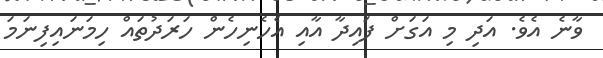
ވާނެ އެވެ. އަދި މި އަގަށް ފައިދާ އާއި އެހެނިހެން ހަރަދުތައް ހިމަނައިފިނަމަ